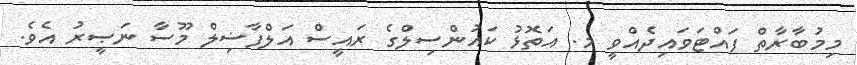
މިމުބާރާތް ފައްޓަވައިދެއްވީ މ. އަތޮޅު ކައުންސިލްގެ ރައީސް އަލްފާޟިލް މޫސާ ނަޞީރު އެވެ.